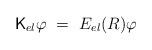
LaTeX: \begin{align*}\mathsf{K}_{el}\varphi\ = \ E_{el}(R)\varphi\end{align*}